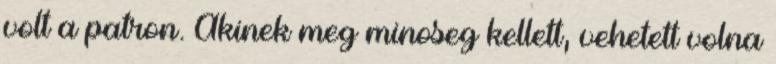
volt a patron. Akinek meg minoseg kellett, vehetett volna